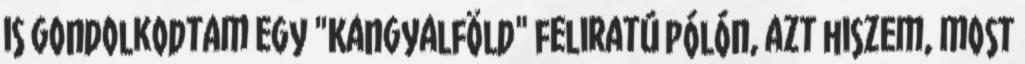
is gondolkodtam egy "Kangyalföld" feliratú pólón, azt hiszem, most